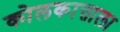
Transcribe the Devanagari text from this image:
कोलकात्ताला